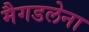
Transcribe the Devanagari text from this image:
मैगडलेना